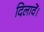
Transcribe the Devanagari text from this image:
दिलावें।